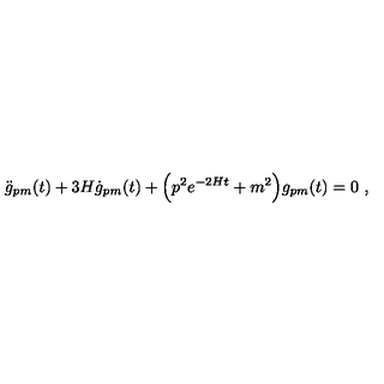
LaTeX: \ddot { g } _ { p m } ( t ) + 3 H \dot { g } _ { p m } ( t ) + \Bigl ( p ^ { 2 } e ^ { - 2 H t } + m ^ { 2 } \Bigr ) g _ { p m } ( t ) = 0 \ ,